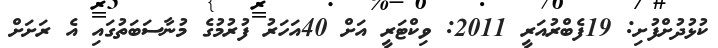
ކުޅުދުށްފުށި: 19ފެބްރުއަރީ 2011: ވިކްޓަރީ އަށް 40އަހަރު ފުރުމުގެ މުނާސަބަތުގައި އެ ރަށަށް